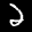
Label: 2